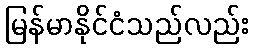
မြန်မာနိုင်ငံသည်လည်း